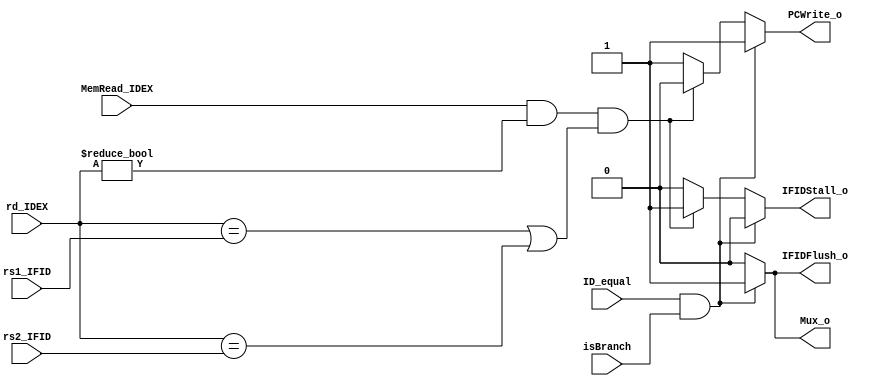
module HazardDetection (MemRead_IDEX, rd_IDEX, rs1_IFID, rs2_IFID, ID_equal, isBranch, PCWrite_o, IFIDStall_o, IFIDFlush_o, Mux_o);

input [0:0] MemRead_IDEX, ID_equal, isBranch;
input [4:0] rd_IDEX, rs1_IFID, rs2_IFID;
output reg [0:0] PCWrite_o, IFIDStall_o, IFIDFlush_o, Mux_o;

always @ ( * ) begin
    {IFIDStall_o, IFIDFlush_o, Mux_o} <= 0;
    PCWrite_o <= 1'b1;

    if (MemRead_IDEX && rd_IDEX != 0 && (rd_IDEX == rs1_IFID || rd_IDEX == rs2_IFID)) begin // stall
        PCWrite_o <= 1'b0;
        IFIDStall_o <= 1'b1;
        IFIDFlush_o <= 1'b0;
        Mux_o <= 1'b0;
    end

    if (ID_equal && isBranch) begin // flush
        PCWrite_o <= 1'b1;
        IFIDStall_o <= 1'b0;
        IFIDFlush_o <= 1'b1;
        Mux_o <= 1'b1;
    end
end

endmodule